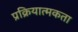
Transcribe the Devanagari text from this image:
प्रक्रियात्मकता